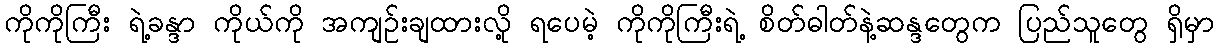
ကိုကိုကြီး ရဲ့ခန္ဒာ ကိုယ်ကို အကျဉ်းချထားလို့ ရပေမဲ့ ကိုကိုကြီးရဲ့ စိတ်ဓါတ်နဲ့ဆန္ဒတွေက ပြည်သူတွေ ရှိမှာ